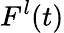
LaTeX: F^{l}(t)